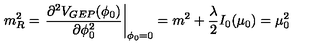
m _ { R } ^ { 2 } = \left. \frac { \partial ^ { 2 } V _ { G E P } ( \phi _ { 0 } ) } { \partial \phi _ { 0 } ^ { 2 } } \right| _ { \phi _ { 0 } = 0 } = m ^ { 2 } + { \frac { \lambda } { 2 } } I _ { 0 } ( \mu _ { 0 } ) = \mu _ { 0 } ^ { 2 }